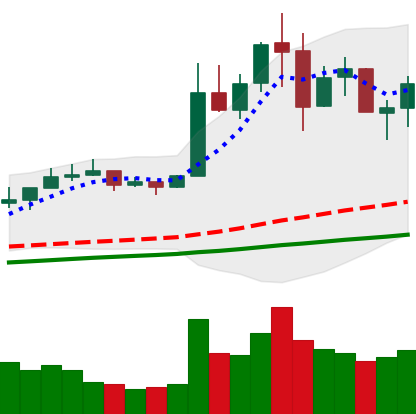
Ticker: NEO-USD
Chart end date: 2019-07-02
Forward return: -3.478%
Label: down_3_5